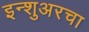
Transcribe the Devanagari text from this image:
इन्‍शुअरचा